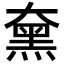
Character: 𪐡